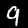
Label: 9